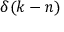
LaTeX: \delta ( k - n )